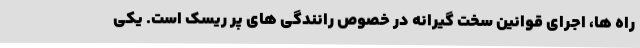
راه ها، اجرای قوانین سخت گیرانه در خصوص رانندگی های پر ریسک است. یکی